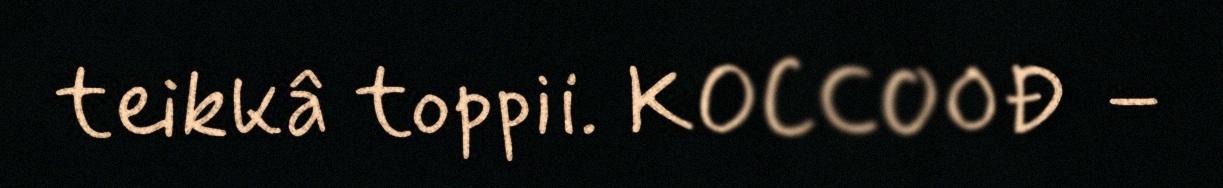
teikkâ toppii. KOCCOOĐ –